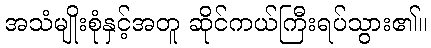
အသံမျိုးစုံနှင့်အတူ ဆိုင်ကယ်ကြီးရပ်သွား၏။